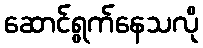
ဆောင်ရွက်နေသလို